Vaccination in Bombay 1902-1912 - 1902-1912
Year: 1902
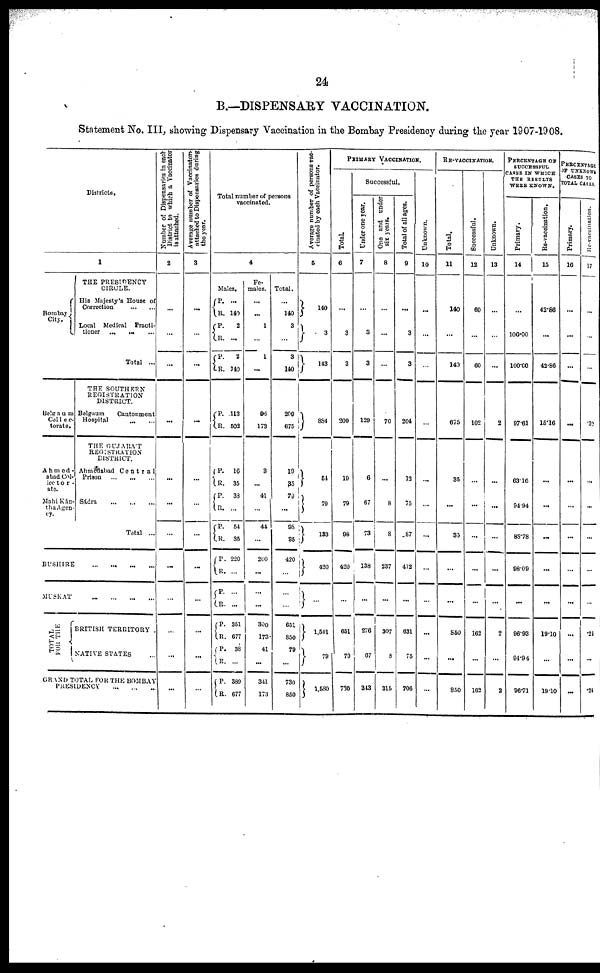
24
B.—DISPENSARY VACCINATION.
Statement No. III, showing Dispensary Vaccination in the Bombay Presidency during the year 1907-1908.
Districts.
1
Bombay
City.
Belgaum
Col1ec¬
torate.
Ahmed¬
abad Col¬
lector¬
ate
Mahi Kán¬
tha Agen-
cy.
THE PRESIDENCY
CIRCLE.
His Majesty's House of
Correction
...
...
Local Medical Practi-
tioner
... ... ...
Total ...
THE SOUTHERN
REGISTRATION
DISTRICT.
Belgaum
Cantonment
Hospital
...
...
THE GUJARAT
REGISTRATION
DISTRICT.
Ahmedabad
Central
Prison
...
...
...
Sádra
...
...
...
Total ...
BUSHRE
...
...
...
...
MUSKAT
...
...
...
...
T
OTAL
FOR THE
BRITISH TERRITORY.
NATIVE STATES ...
GRAND TOTAL FOR THE BOMBAY
PRESIDENCY
...
...
...
Number of Dispensaries in each
District to which a Vaccinator
is attached.
2
...
...
...
...
...
...
...
...
...
...
...
...
Average number of Vaccinators
attached to Dispensaries during
the year.
3
...
...
...
...
...
...
...
...
...
...
...
Total number of persons
vaccinated.
4
Males.
P.
R.
P. R.
P.
R.
...
140
2
...
2
140
P.
R.
113
502
P.
R.
P.
R.
P.
R.
P.
R.
P.
R.
P.
R.
P.
R.
P.
R.
16
35
38
...
54
35
220
...
...
351
677
38
...
389
677
Fe-
males.
...
...
1
...
1
...
96
173
3
...
41
...
44
...
200
...
...
...
300
173
41
...
341
173
Total.
...
140
3
...
3
140
209
675
19
35
79
...
98
35
420
...
...
...
651
850
79
...
730
850
Average number of persons vac-
cinated by each Vaccinator.
5
140
3
143
884
54
79
133
420
...
1,501
79
1,580
PRIMARY VACCINATION.
Total.
6
...
3
3
209
19
79
98
420
...
651
79
730
Successful.
Under one year.
7
...
3
3
129
6
67
73
138
...
276
67
343
One and under
six years.
8
...
...
...
70
...
8
8
237
...
307
8
315
Total of all ages.
9
...
3
3
204
12
75
87
412
...
631
75
706
Unknown.
10
...
...
...
...
...
...
...
...
...
...
...
...
RE-VACCINATION.
Total.
11
140
...
140
675
35
...
35
...
...
850
...
850
Successful.
12
60
...
60
102
...
...
...
...
...
162
...
162
Unknown.
13
...
...
...
2
...
...
...
...
...
2
...
2
PERCENTAGE OF
SUCCESSFUL
CASES IN WHICH
THE RESULTS
WERE KNOWN.
Primary.
14
...
100.00
100.00
97.61
63.16
94.94
88.78
98.09
...
96.93
94.94
96.71
Re-vaccination.
15
42.86
...
42.86
15.16
...
...
...
...
...
19.10
...
19.10
PERCENTAGE
CASES TO
TOTAL CASES.
Pr i
mar y.
16
...
...
...
...
...
...
...
...
...
...
...
...
Re-vaccin
17
...
...
...
.30
...
...
...
...
...
.24
...
.24